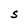
Character: S